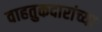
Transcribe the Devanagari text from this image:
वाहतुकदारांच्या